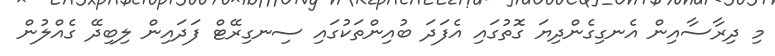
މި ދިރާސާއިން އެނގިގެންދިޔަ ގޮތުގައި އެފަދަ ބުއިންތަކުގައި ސިނގިރޭޓް ފަދައިން ލިބިދޭ ގެއްލުން